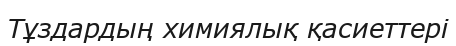
Тұздардың химиялық қасиеттері